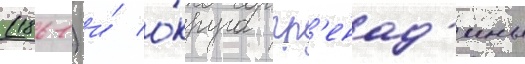
(1861) и́ о́круга гр'енад'ины